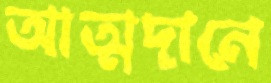
আত্মদানে